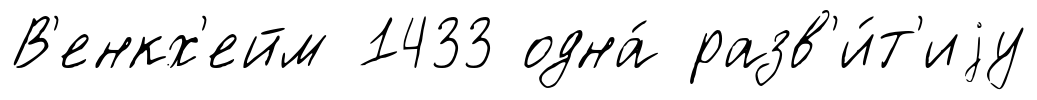
В'енкх'ейм 1433 одна́ разв'и́т'иjу